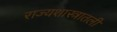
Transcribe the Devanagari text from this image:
राज्यशास्त्रातली